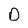
Character: O